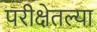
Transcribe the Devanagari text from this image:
परीक्षेतल्या